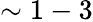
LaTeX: \sim 1-3